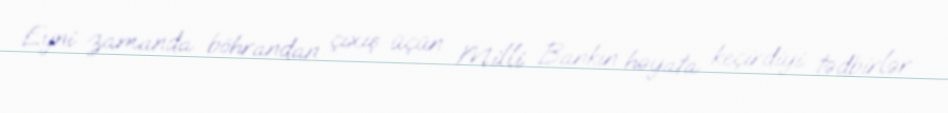
Eyni zamanda böhrandan çıxış üçün Milli Bankın həyata keçirdiyi tədbirlər